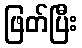
ဖြတ်ပြီး